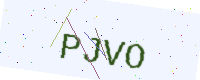
Text: PJVO